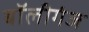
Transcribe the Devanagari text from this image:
बॉलीगंज